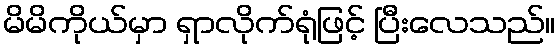
မိမိကိုယ်မှာ ရှာလိုက်ရုံဖြင့် ပြီးလေသည်။